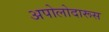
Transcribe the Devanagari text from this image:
अपोलोदारूस